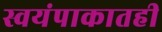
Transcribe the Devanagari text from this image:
स्वयंपाकातही